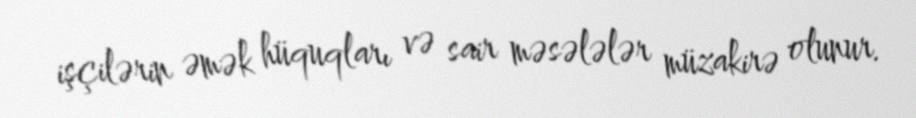
işçilərin əmək hüquqları və sair məsələlər müzakirə olunur.